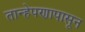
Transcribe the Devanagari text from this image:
तान्हेपणापासून